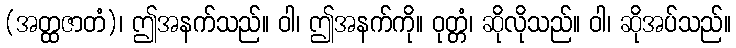
(အတ္ထဇာတံ)၊ ဤအနက်သည်။ ဝါ၊ ဤအနက်ကို။ ဝုတ္တံ၊ ဆိုလိုသည်။ ဝါ၊ ဆိုအပ်သည်။